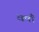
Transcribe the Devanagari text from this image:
वर्षाँ